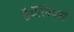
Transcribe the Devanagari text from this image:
हॅवॅलियस